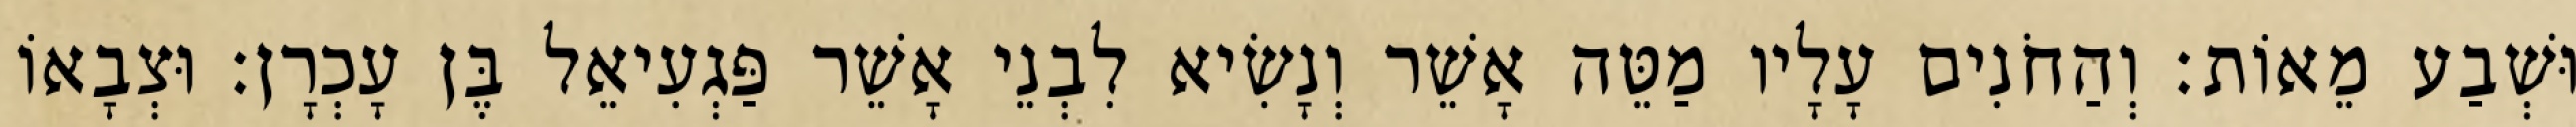
וּשְׁבַע מֵאוֹת׃ וְהַחֹנִים עָלָיו מַטֵּה אָשֵׁר וְנָשִׂיא לִבְנֵי אָשֵׁר פַּגְעִיאֵל בֶּן עָכְרָן׃ וּצְבָאוֹ